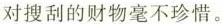
对搜刮的财物毫不珍惜。